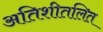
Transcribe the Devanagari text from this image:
अतिशीतलित